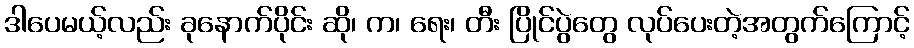
ဒါပေမယ့်လည်း ခုနောက်ပိုင်း ဆို၊ က၊ ရေး၊ တီး ပြိုင်ပွဲတွေ လုပ်ပေးတဲ့အတွက်ကြောင့်